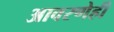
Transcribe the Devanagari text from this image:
आवरणेही